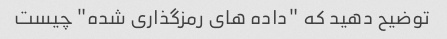
توضیح دهید که "داده های رمزگذاری شده" چیست